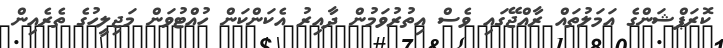
ކޮރަޕްޝަންގެ އަމަލުތައް ރާއްޖޭގައި ވެސް އިތުރުވަމުން ދާއިރު އެކަންކަން ހުއްޓުވަން މަޖިލީހުގެ ތެރެއިން